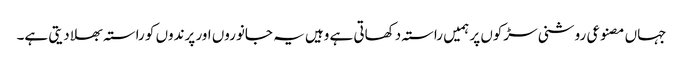
جہاں مصنوعی روشنی سڑکوں پر ہمیں راستہ دکھاتی ہے وہیں یہ جانوروں اور پرندوں کو راستہ بھلا دیتی ہے۔